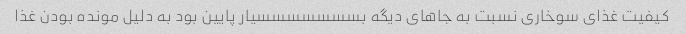
کیفیت غذای سوخاری نسبت به جاهای دیگه بسسسسسسسیار پایین بود به دلیل مونده بودن غذا